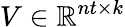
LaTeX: V\in\mathbb{R}^{nt\times k}